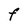
Character: F